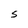
Character: S